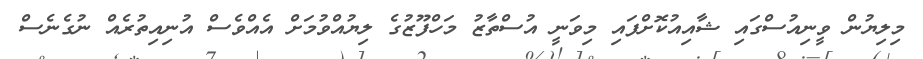
މިލިޔުން ވީނިއުސްގައި ޝާއިއުކޮށްފައި މިވަނީ އުސްތާޒު މަހްފޫޒުގެ ލިޔުއްވުމަށް އެއްވެސް އުނިއިތުރެއް ނުގެނެސް